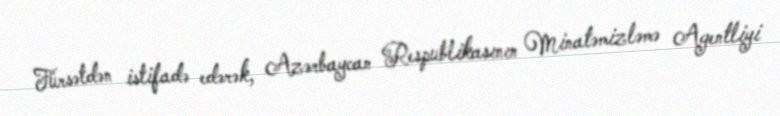
Fürsətdən istifadə edərək, Azərbaycan Respublikasının Minatəmizləmə Agentliyi